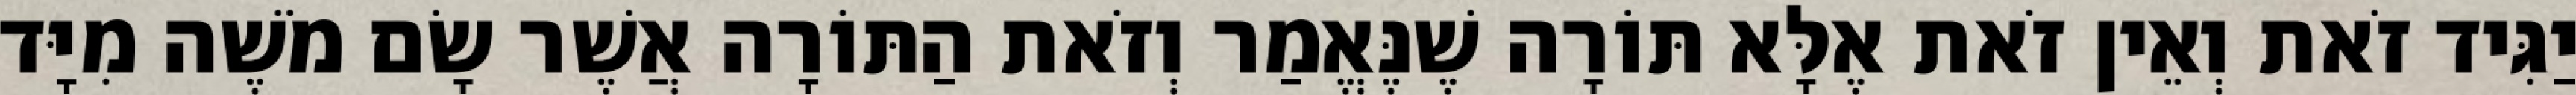
יַגִּיד זֹאת וְאֵין זֹאת אֶלָּא תּוֹרָה שֶׁנֶּאֱמַר וְזֹאת הַתּוֹרָה אֲשֶׁר שָׂם מֹשֶׁה מִיָּד